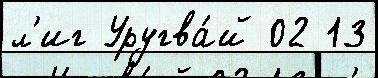
л'иг Уругва́й 02 13